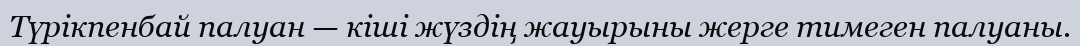
Түрікпенбай палуан — кіші жүздің жауырыны жерге тимеген палуаны.